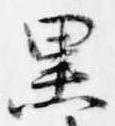
黒